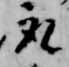
取